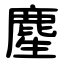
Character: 䴤